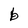
Character: b